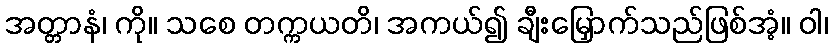
အတ္တာနံ၊ ကို။ သစေ တက္ကယတိ၊ အကယ်၍ ချီးမြှောက်သည်ဖြစ်အံ့။ ဝါ၊